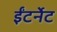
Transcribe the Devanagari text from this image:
ईंटर्नेट